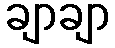
ချာချာ